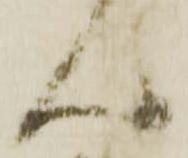
ん